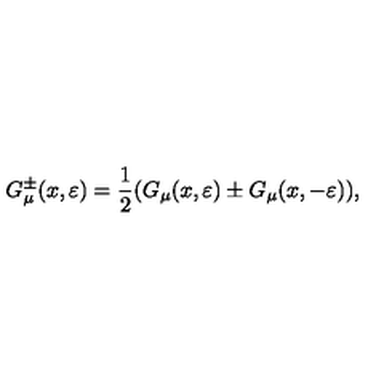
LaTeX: G _ { \mu } ^ { \pm } ( x , \varepsilon ) = \frac 1 2 ( G _ { \mu } ( x , \varepsilon ) \pm G _ { \mu } ( x , - \varepsilon ) ) ,